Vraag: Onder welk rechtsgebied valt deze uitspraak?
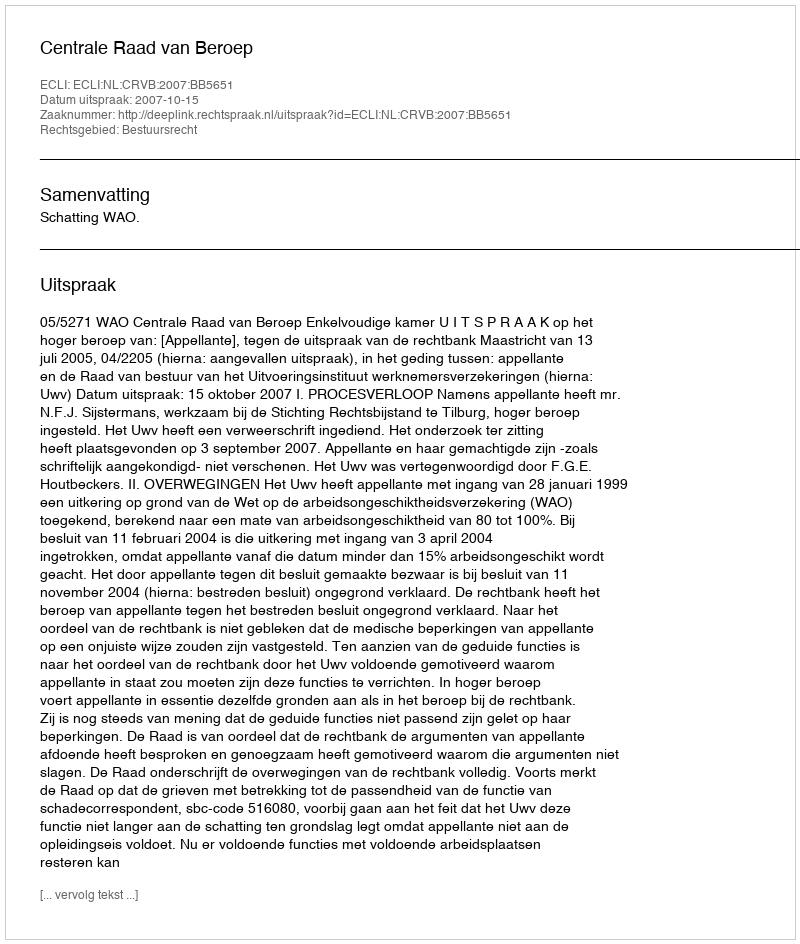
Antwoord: Bestuursrecht